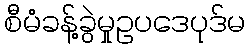
စီမံခန့်ခွဲမှုဥပဒေပုဒ်မ